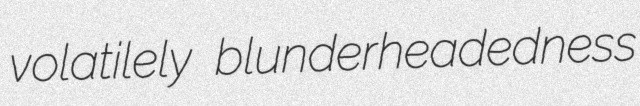
volatilely blunderheadedness